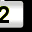
Digit: 2